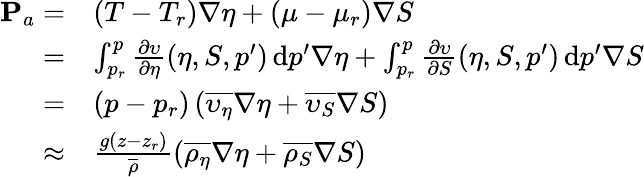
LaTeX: \begin{array}{rl}{{\mathbf P}_{a}=}&{(T-T_{r})\nabla\eta+(\mu-\mu_{r})\nabla S}\\ {=}&{\int_{p_{r}}^{p}\frac{\partial\upsilon}{\partial\eta}(\eta,S,p^{\prime})\, \mathrm{d}p^{\prime}\nabla\eta+\int_{p_{r}}^{p}\frac{\partial\upsilon}{\partial S}(\eta,S,p^{\prime})\, \mathrm{d}p^{\prime}\nabla S}\\ {=}&{(p-p_{r})\left(\overline{{\upsilon_{\eta}}}\nabla\eta+\overline{{\upsilon_{S}}}\nabla S\right)}\\ {\approx}&{\frac{g(z-z_{r})}{\overline{{\rho}}}\left(\overline{{\rho_{\eta}}}\nabla\eta+\overline{{\rho_{S}}}\nabla S\right)}\end{array}